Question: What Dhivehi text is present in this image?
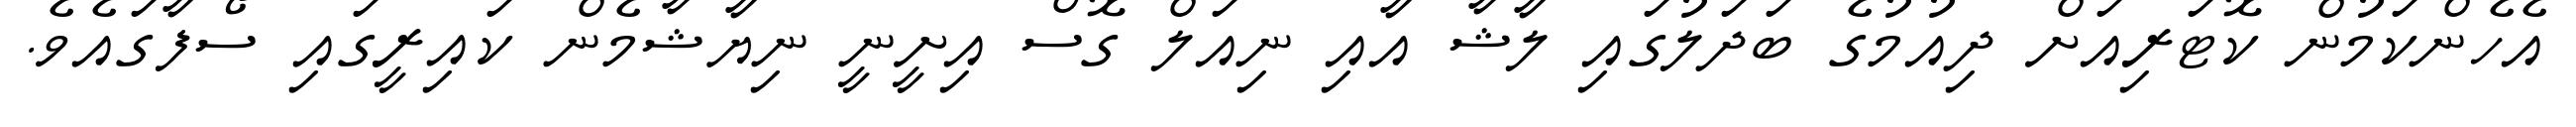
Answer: އެހެންކަމުން ކޮޓަރިއަށް ދިއުމުގެ ބަދަލުގައި ލާޝާ އާއި ނިއަލް ގޮސް އިށީނީ ނިޔާޝާމެން ކައިރީގައި ސޯފާގައެވެ.